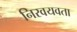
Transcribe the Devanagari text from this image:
निरवयवता